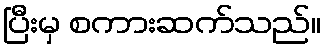
ပြီးမှ စကားဆက်သည်။